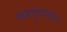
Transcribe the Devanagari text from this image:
बहादुरसागर